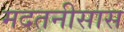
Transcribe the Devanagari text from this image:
मदतनीसास